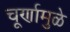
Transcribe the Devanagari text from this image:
चूर्णामुळे